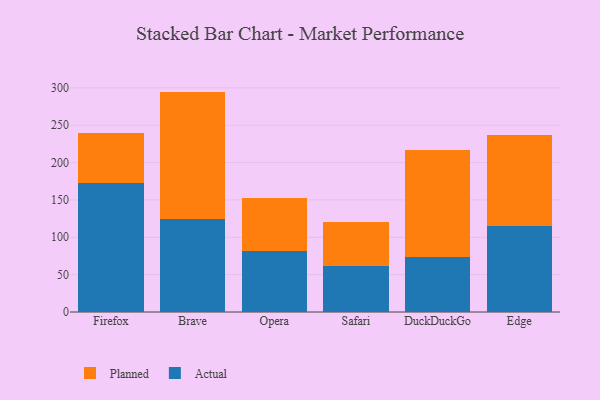
{"axis": {"x": "Browser", "y": "Production Output"}, "legend": ["Actual", "Planned"], "data": [{"x": "Firefox", "y": 172.7, "type": "Actual"}, {"x": "Firefox", "y": 67.1, "type": "Planned"}, {"x": "Brave", "y": 125.0, "type": "Actual"}, {"x": "Brave", "y": 170.0, "type": "Planned"}, {"x": "Opera", "y": 81.2, "type": "Actual"}, {"x": "Opera", "y": 71.2, "type": "Planned"}, {"x": "Safari", "y": 61.3, "type": "Actual"}, {"x": "Safari", "y": 58.9, "type": "Planned"}, {"x": "DuckDuckGo", "y": 74.0, "type": "Actual"}, {"x": "DuckDuckGo", "y": 142.6, "type": "Planned"}, {"x": "Edge", "y": 114.5, "type": "Actual"}, {"x": "Edge", "y": 122.1, "type": "Planned"}]}